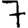
Digit: 7